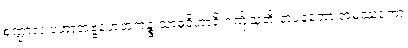
စဏ္ဍာလံ ပဟာတဗ္ဗဟေတုကဉ္စ သာဓုဝိဟာရိ ဂဏှိံသူတိ တပနတော အမဿုကော